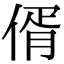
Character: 偦